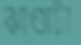
ঝাণ্ডাটা